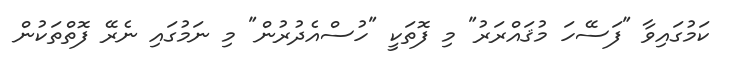
ކަމުގައިވާ "ފަސޭހަ މުޤައްރަރު" މި ފޮތަކީ "ހުސްއެދުރުން" މި ނަމުގައި ނެރޭ ފޮތްތަކުން